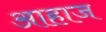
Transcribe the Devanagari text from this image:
आहाज